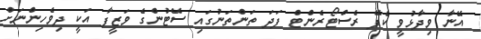
އޭނާ ވިދާޅުވީ ކެފޭ ރެސްޓޯރެންޓް ފަދަ ތަންތަނުގައި ސޭޓުންގެ ވަޒީފާ އަކީ ދިވެހިންނަށް